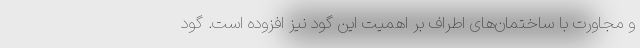
و مجاورت با ساختمان‌های اطراف بر اهمیت این گود نیز افزوده است. گود